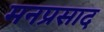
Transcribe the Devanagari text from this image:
मनप्रसाद